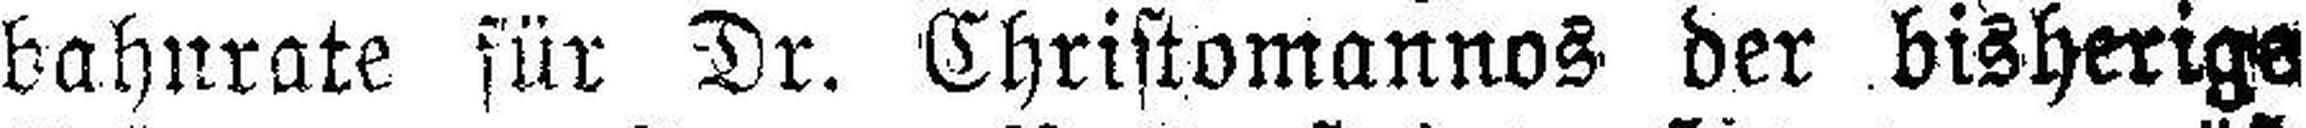
bahnrate für Dr. Christomannos der bisherige